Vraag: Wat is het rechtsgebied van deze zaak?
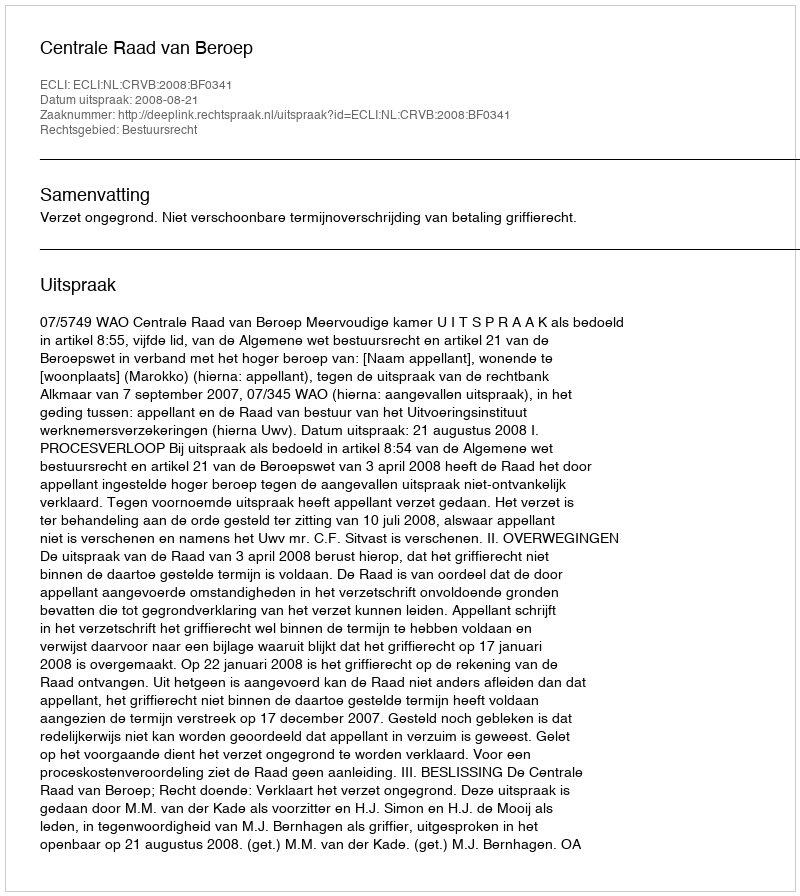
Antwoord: Bestuursrecht